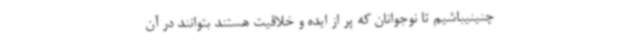
چنینیباشیم تا نوجوانان که پر از ایده و خلاقیت هستند بتوانند در آن